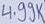
Text: 4.99K